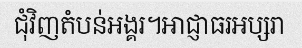
ជុំវិញតំបន់អង្គរ។អាជ្ញាធរអប្សរា